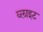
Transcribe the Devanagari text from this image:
व्‍लाइट